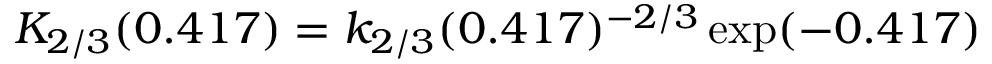
K _ { 2 / 3 } ( 0 . 4 1 7 ) = k _ { 2 / 3 } ( 0 . 4 1 7 ) ^ { - 2 / 3 } \exp ( - 0 . 4 1 7 )